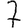
Digit: 7